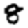
Digit: 8